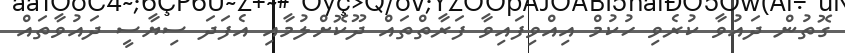
ގޮތުން ދައުވާ ކުރެވި ހުކުމް އިއްވިފައިވާ ފަރާތްތައް ދޫކޮށްލުމާއި އެފަދަ ސިޔާސީ ދައުވާތައް